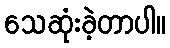
သေဆုံးခဲ့တာပါ။